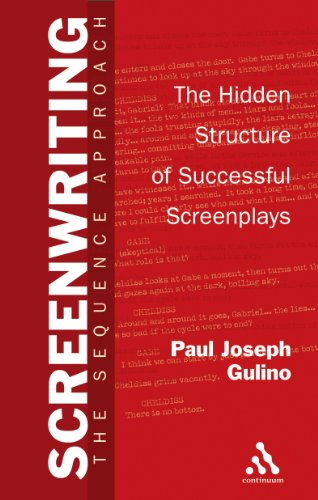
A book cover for Screenwriting: The Sequence Approach; Paul Gulino; Humor & Entertainment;